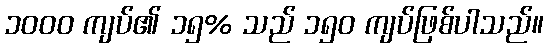
၁၀၀၀ ကျပ်၏ ၁၅% သည် ၁၅၀ ကျပ်ဖြစ်ပါသည်။